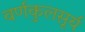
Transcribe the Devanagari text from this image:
वर्णकुलसूर्य